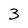
Character: 3